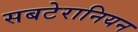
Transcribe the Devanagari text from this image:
सबटेरानियन